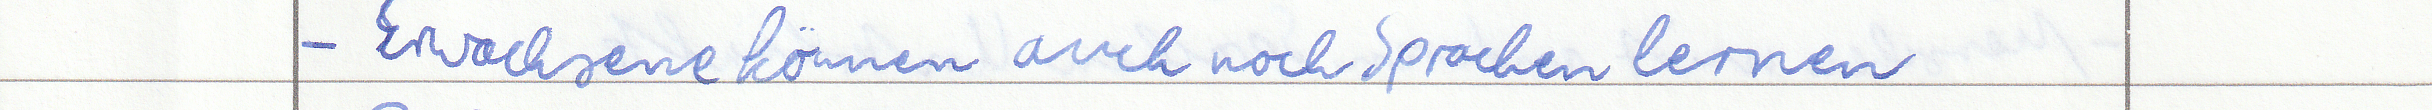
- Erwachsene können auch noch Sprachen lernen